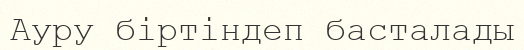
Ауру біртіндеп басталады